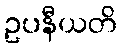
ဥပနီယတိ